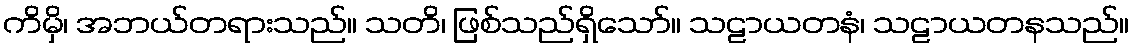
ကိမှိ၊ အဘယ်တရားသည်။ သတိ၊ ဖြစ်သည်ရှိသော်။ သဠာယတနံ၊ သဠာယတနသည်။